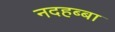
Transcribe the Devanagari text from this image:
नदहब्बा